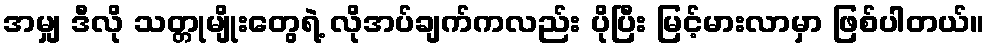
အမျှ ဒီလို သတ္တုမျိုးတွေရဲ့ လိုအပ်ချက်ကလည်း ပိုပြီး မြင့်မားလာမှာ ဖြစ်ပါတယ်။